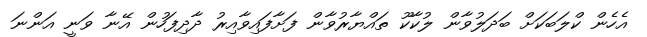
އެހެން ކްލަބަކަށް ބަދަލުވާން ލުކާކޫ ތައްޔާރުވާން ފަށާފައިވާއިރު ދާދިފަހުން އޭނާ ވަނީ އަންނަ